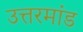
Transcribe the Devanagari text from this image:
उत्तरमांड